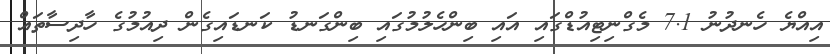
އިއްޔެ ހެނދުނު 7.1 މެގްނިޓިއުޑްގައި އައި ބިންހެލުމުގައި ބިންގަނޑު ކަނޑައިގެން ދިއުމުގެ ހާދިސާތައް